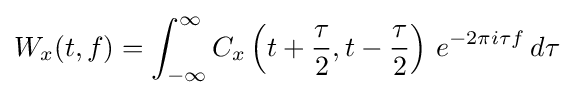
W_{x}(t,f)=\int _{-\infty }^{\infty }C_{x}\left(t+{\frac {\tau }{2}},t-{\frac {\tau }{2}}\right)\,e^{-2\pi i\tau f}\,d\tau